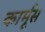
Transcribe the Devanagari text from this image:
कार्मूस